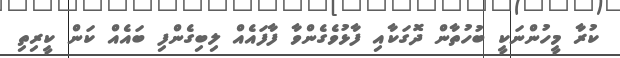
ކުރާ މީހުންނަކީ ބުހުތާން ދޮގަކާއި ފާޅުވެގެންވާ ފާފައެއް ލިބިގެންފި ބައެއް ކަން ކީރިތި